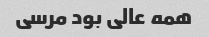
همه عالی بود مرسی